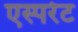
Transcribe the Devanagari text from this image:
एस्परेट